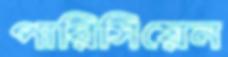
পারিসিয়েন